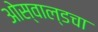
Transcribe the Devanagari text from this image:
ओस्वाल्डचा